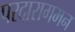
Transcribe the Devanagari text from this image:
परदारागमन